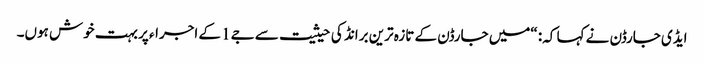
ایڈی جارڈن نے کہا کہ: “میں جارڈن کے تازہ ترین برانڈ کی حیثیت سے جے1 کے اجراء پر بہت خوش ہوں۔